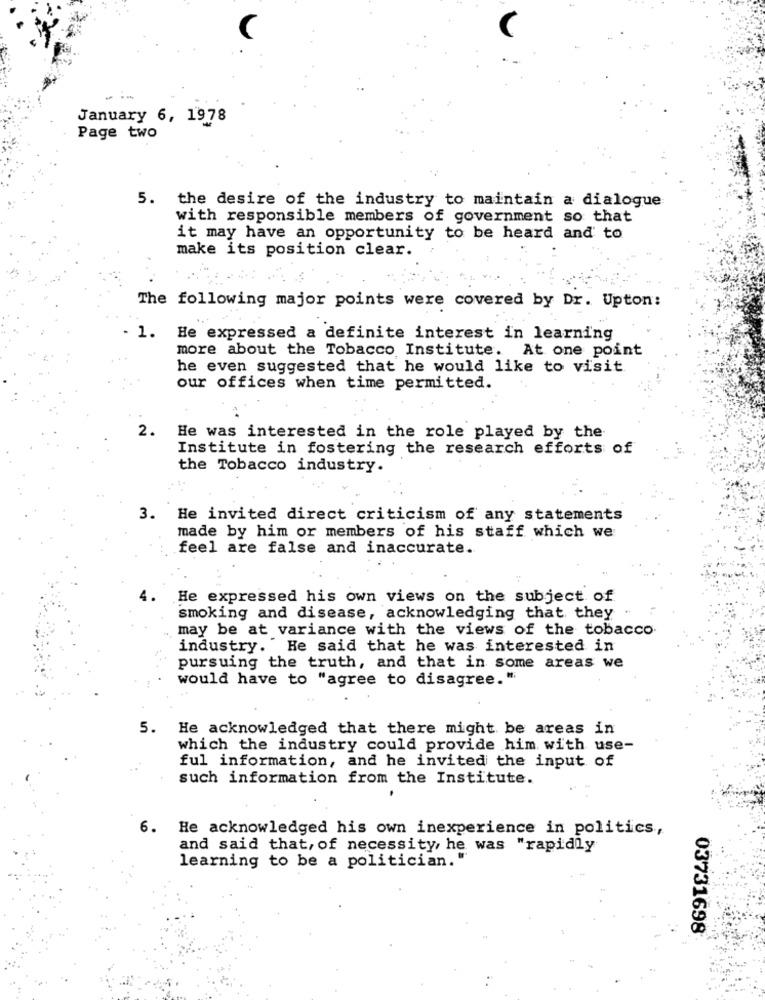
January 6, 1978
Page two
5. the desire of the industry to maintain a dialogue
with responsible members of government so that
it may have an opportunity to be heard and to
make its position clear.
The following major points were covered by Dr. Upton:
- 1.
He expressed a definite interest in learning
more about the Tobacco Institute. At one point
he even suggested that he would like to visit
our offices when time permitted.
2.
He was interested in the role played by the
Institute in fostering the research efforts of
the Tobacco industry.
3.
He invited direct criticism of any statements
made by him or members of his staff which we
feel are false and inaccurate.
He expressed his own views on the subject of
smoking and disease, acknowledging that they
may be at variance with the views of the tobacco
industry. He said that he was interested in
pursuing the truth, and that in some areas we
would have to "agree to disagree."
5. He acknowledged that there might be areas in
which the industry could provide him with use-
ful information, and he invited the input of
such information from the Institute.
6.
He acknowledged his own inexperience in politics,
and said that, of necessity, he was "rapidly
learning to be a politician."
03731698